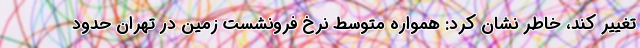
تغییر کند، خاطر نشان کرد: همواره متوسط نرخ فرونشست زمین در تهران حدود